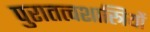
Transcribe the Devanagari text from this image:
पुरातत्‍वशास्त्रियों